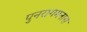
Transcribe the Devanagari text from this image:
पुनरागमनास